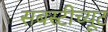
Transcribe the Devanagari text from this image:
सबस्टीच्यूट